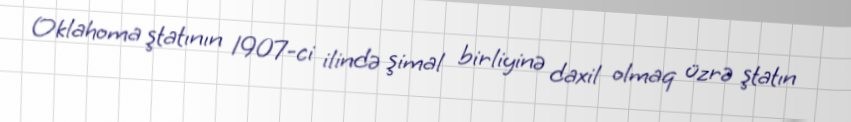
Oklahoma ştatının 1907-ci ilində şimal birliyinə daxil olmaq üzrə ştatın